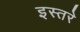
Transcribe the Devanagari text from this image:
इस्तरे